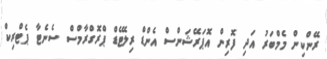
ރޭންކިން މެމްބަރު އަދި ފޮރިން އޮޕަރޭޝަންސް އެންޑް ރިލޭޓެޑް ޕްރޮގްރާމްސް ސެނެޓާ ޕެޓްރިކް